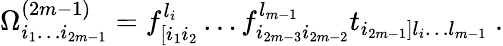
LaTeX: \Omega_{i_{1}\dots i_{2m-1}}^{(2m-1)}=f_{[i_{1}i_{2}}^{l_{i}}\dots f_{i_{2m-3}i_{2m-2}}^{l_{m-1}}t_{i_{2m-1}]l_{i}\dots l_{m-1}}\ .